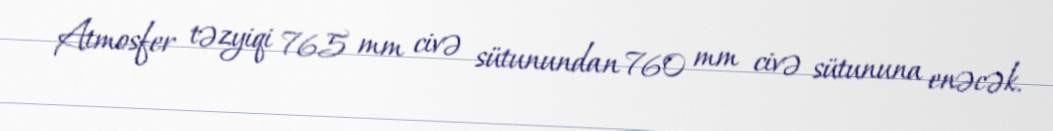
Atmosfer təzyiqi 765 mm civə sütunundan 760 mm civə sütununa enəcək.